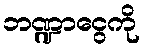
ဘဏ္ဍာငွေကို